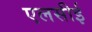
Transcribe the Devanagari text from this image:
एलसीई